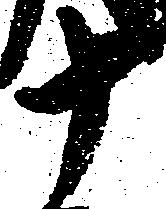
十